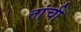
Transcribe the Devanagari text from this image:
तांची